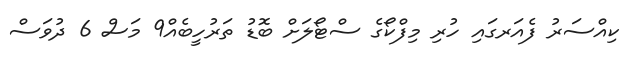
ކިއްސަރު ފެއަރގައި ހުރި މިފްކޯގެ ސްޓޯލަށް ބޮޑު ތަރުހީބެއް9 މަސް 6 ދުވަސް